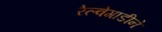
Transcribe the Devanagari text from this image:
रेल्वेगाडीने